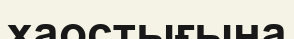
хаостығына